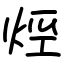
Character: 烴